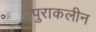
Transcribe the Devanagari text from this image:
पुराकलीन